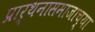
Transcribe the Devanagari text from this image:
प्रार्थनासमाजाच्या